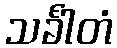
သင်္ခါတံ